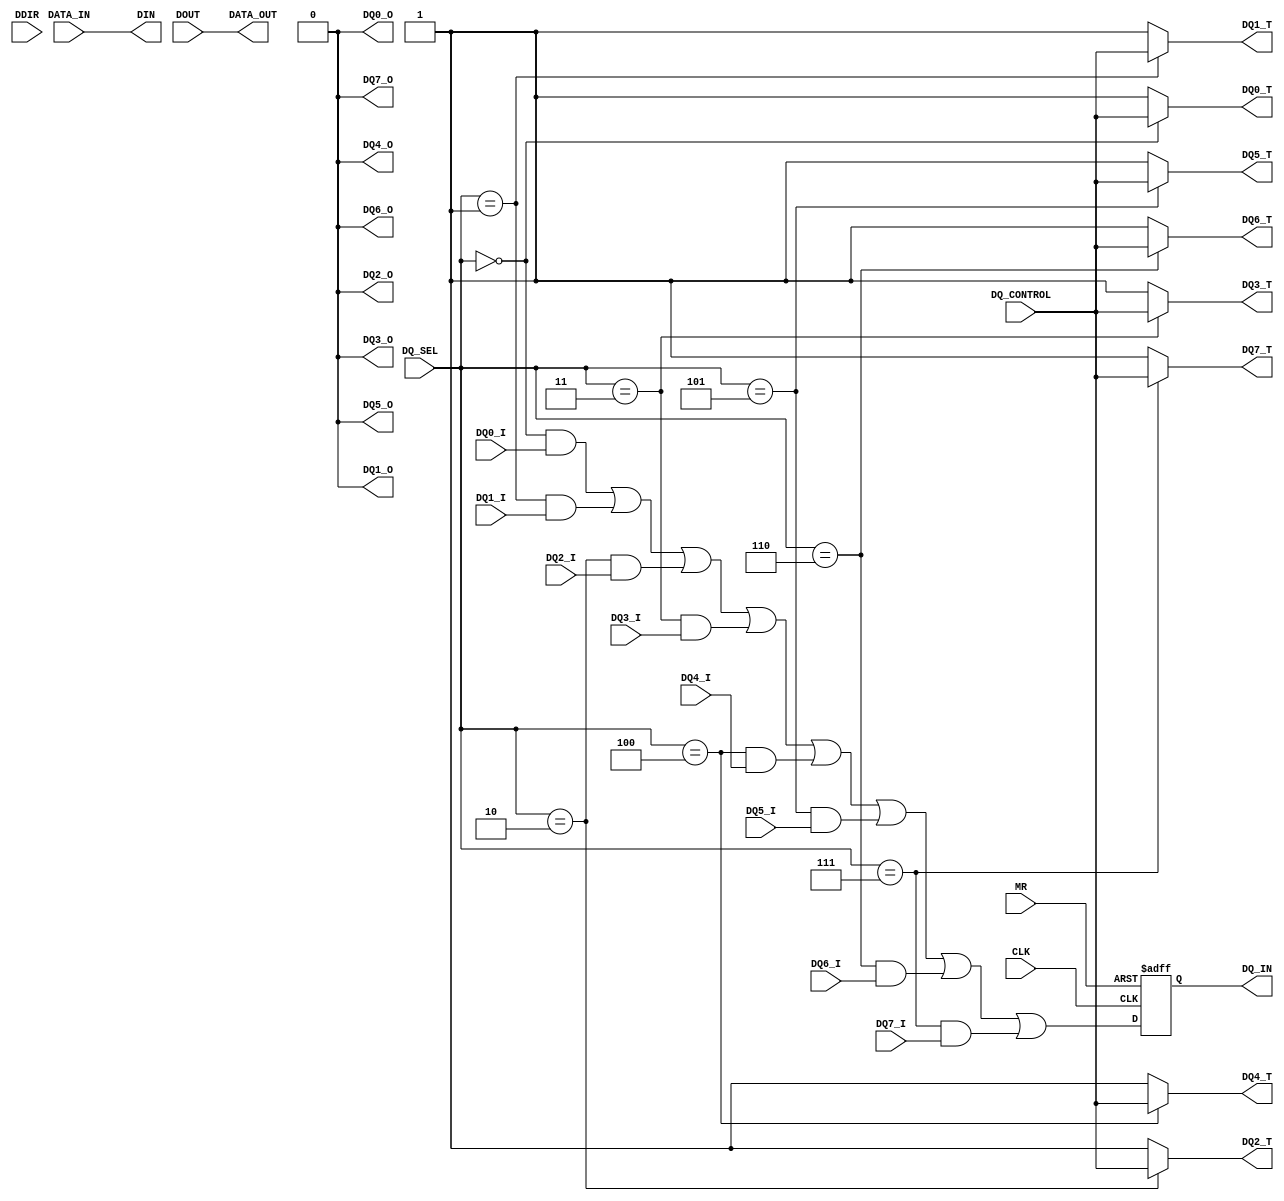
module one_wire_io (
  CLK, DDIR, DOUT, DQ_CONTROL, MR, DIN, DQ_IN, DATA_IN, DATA_OUT, 
  DQ0_T, DQ1_T, DQ2_T, DQ3_T, DQ4_T, DQ5_T, DQ6_T, DQ7_T, 
  DQ0_O, DQ1_O, DQ2_O, DQ3_O, DQ4_O, DQ5_O, DQ6_O, DQ7_O, 
  DQ0_I, DQ1_I, DQ2_I, DQ3_I, DQ4_I, DQ5_I, DQ6_I, DQ7_I, DQ_SEL);

  input        CLK;
  input        DDIR;
  input [7:0]  DOUT;
  input        DQ_CONTROL;
  input        MR;

  output [7:0] DIN;
  output       DQ_IN;
   
  input [7:0]  DATA_IN;
  output [7:0] DATA_OUT;

  output DQ0_T;
  output DQ1_T;
  output DQ2_T;
  output DQ3_T;
  output DQ4_T;
  output DQ5_T;
  output DQ6_T;
  output DQ7_T;
  
  output DQ0_O;
  output DQ1_O;
  output DQ2_O;
  output DQ3_O;
  output DQ4_O;
  output DQ5_O;
  output DQ6_O;
  output DQ7_O;
  
  input  DQ0_I;
  input  DQ1_I;
  input  DQ2_I;
  input  DQ3_I;
  input  DQ4_I;
  input  DQ5_I;
  input  DQ6_I;
  input  DQ7_I;
  
  input  [2:0] DQ_SEL;
   
  reg         DQ_IN;  
  
  assign DATA_OUT = DOUT;
  assign DIN      = DATA_IN;

//assign DQ =DQ_CONTROL==1?1'bz:1'b0;

  wire DQ_INTERNAL;

//  IOBUF xIOBUF(
//               .T  (DQ_CONTROL ),
//               .I  (1'b0       ),
//               .O  (DQ_INTERNAL),
//               .IO (DQ         )
//              );
//  assign DQ_T = DQ_CONTROL;
//  assign DQ_O = 1'b0;
//  assign DQ_INTERNAL = DQ_I;

   assign DQ0_T    = (DQ_SEL [2:0] == 0) ? DQ_CONTROL : 1'b1;
   assign DQ1_T    = (DQ_SEL [2:0] == 1) ? DQ_CONTROL : 1'b1;
   assign DQ2_T    = (DQ_SEL [2:0] == 2) ? DQ_CONTROL : 1'b1;
   assign DQ3_T    = (DQ_SEL [2:0] == 3) ? DQ_CONTROL : 1'b1;
   assign DQ4_T    = (DQ_SEL [2:0] == 4) ? DQ_CONTROL : 1'b1;
   assign DQ5_T    = (DQ_SEL [2:0] == 5) ? DQ_CONTROL : 1'b1;
   assign DQ6_T    = (DQ_SEL [2:0] == 6) ? DQ_CONTROL : 1'b1;
   assign DQ7_T    = (DQ_SEL [2:0] == 7) ? DQ_CONTROL : 1'b1;

   assign DQ0_O  = 1'b0;
   assign DQ1_O  = 1'b0;
   assign DQ2_O  = 1'b0;
   assign DQ3_O  = 1'b0;
   assign DQ4_O  = 1'b0;
   assign DQ5_O  = 1'b0;
   assign DQ6_O  = 1'b0;
   assign DQ7_O  = 1'b0;

   assign DQ_INTERNAL = (DQ_SEL [2:0] == 0) & DQ0_I
                      | (DQ_SEL [2:0] == 1) & DQ1_I
                      | (DQ_SEL [2:0] == 2) & DQ2_I
                      | (DQ_SEL [2:0] == 3) & DQ3_I
                      | (DQ_SEL [2:0] == 4) & DQ4_I
                      | (DQ_SEL [2:0] == 5) & DQ5_I
                      | (DQ_SEL [2:0] == 6) & DQ6_I
                      | (DQ_SEL [2:0] == 7) & DQ7_I;

  //
  // Synchronize DQ_IN
  //
  always @(posedge MR or negedge CLK)
    if (MR)
      DQ_IN <= 1'b1;
    else
      DQ_IN <= DQ_INTERNAL;
endmodule